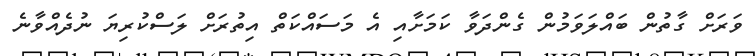
ވަރަށް ގާތުން ބައްލަވަމުން ގެންދަވާ ކަމަށާއި އެ މަސައްކަތް އިތުރަށް ލަސްކުރިޔަ ނުދެއްވާނެ